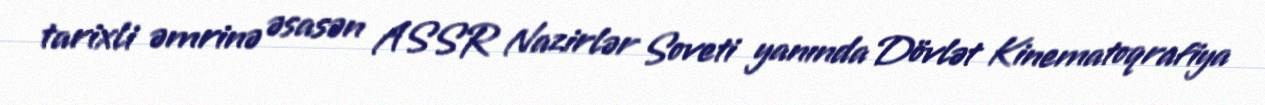
tarixli əmrinə əsasən ASSR Nazirlər Soveti yanında Dövlət Kinematoqrafiya